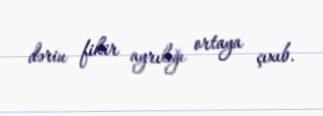
dərin fikir ayrılığı ortaya çıxıb.